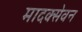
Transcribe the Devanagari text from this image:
मादक्सेवन